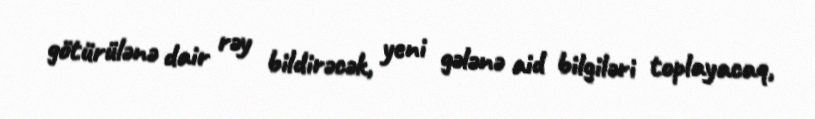
götürülənə dair rəy bildirəcək, yeni gələnə aid bilgiləri toplayacaq,